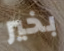
بخير